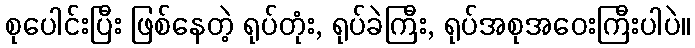
စုပေါင်းပြီး ဖြစ်နေတဲ့ ရုပ်တုံး, ရုပ်ခဲကြီး, ရုပ်အစုအဝေးကြီးပါပဲ။